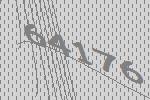
64176